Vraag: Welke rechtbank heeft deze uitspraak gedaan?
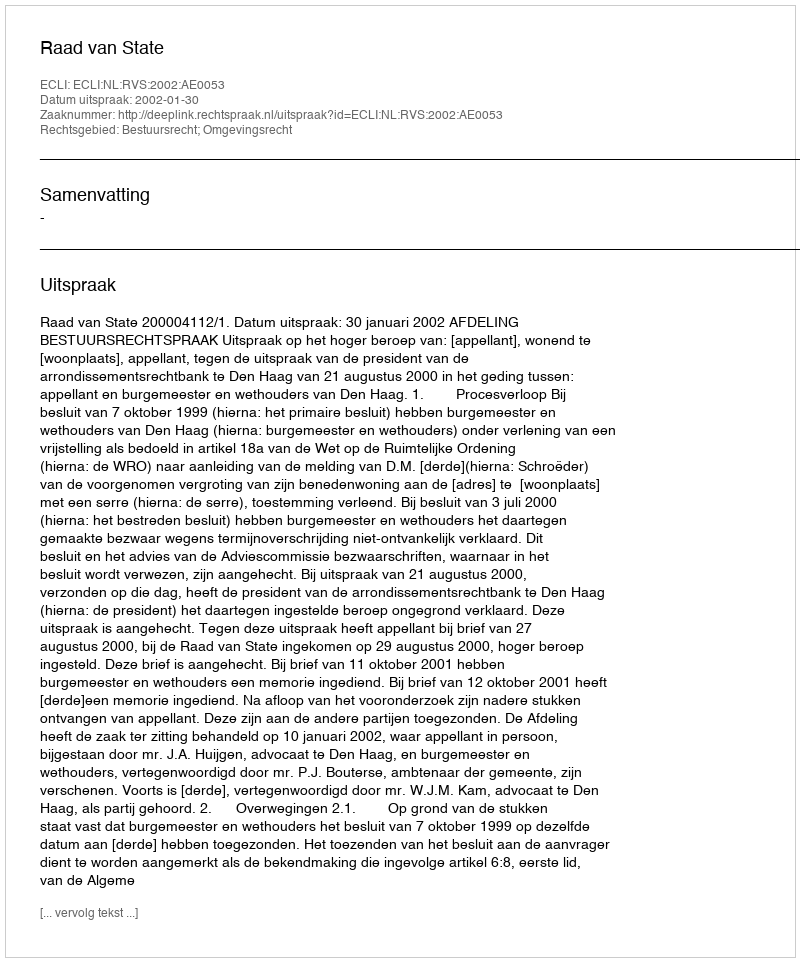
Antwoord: Raad van State